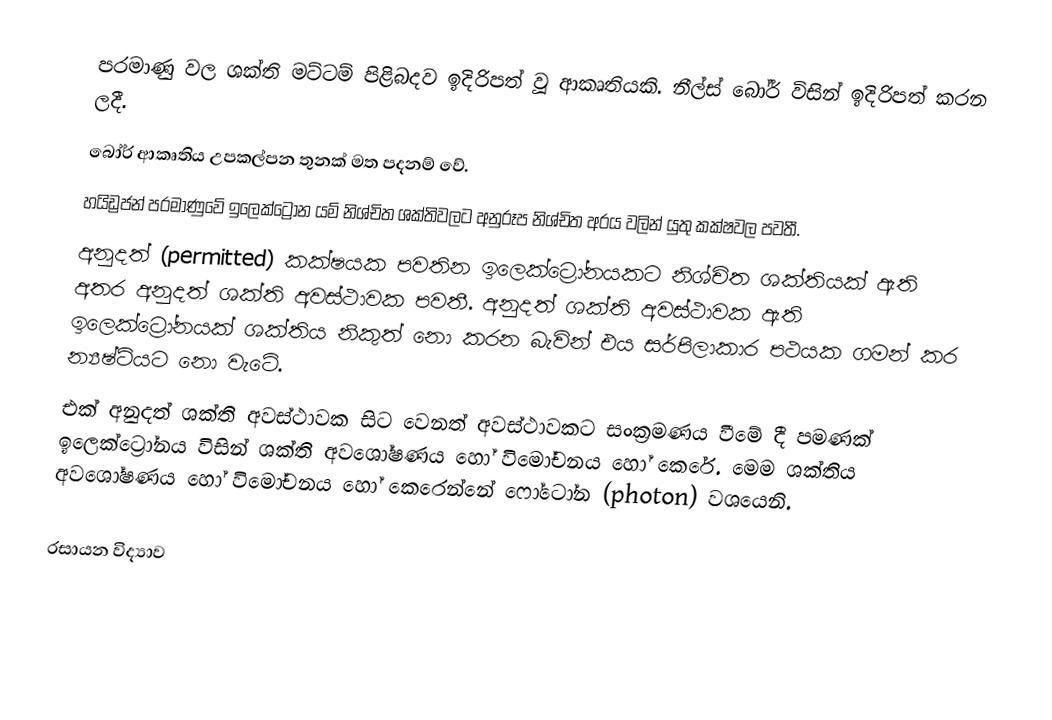
පරමාණු වල ශක්ති මට්ටම් පිළිබදව ඉදිරිපත් වූ ආකෘතියකි. නීල්ස් බෝර් විසින් ඉදිරිපත් කරන ලදී.
බෝර් ආකෘතිය උපකල්පන තුනක් මත පදනම් වේ.
හයිඩ්‍රජන් පරමාණුවේ ඉලෙක්ට්‍රෝන යම් නිශ්චිත ශක්තිවලට අනුරූප නිශ්චිත අරය වලින් යුතු කක්ෂවල පවතී.
අනුදත් (permitted) කක්ෂයක පවතින ඉලෙක්ට්‍රෝනයකට නිශ්චිත ශක්තියක් ඇති අතර අනුදත් ශක්ති අවස්ථාවක පවතී. අනුදත් ශක්ති අවස්ථාවක ඇති ඉලෙක්ට්‍රෝනයක් ශක්තිය නිකුත් නො කරන බැවින් එය සර්පිලාකාර පථයක ගමන් කර න්‍යෂ්ටියට නො වැටේ.
එක් අනුදත් ශක්ති අවස්ථාවක සිට වෙනත් අවස්ථාවකට සංක්‍රමණය වීමේ දී පමණක් ඉලෙක්ට්‍රෝනය විසින් ශක්ති අවශෝෂණය හෝ විමෝචනය හෝ කෙරේ. මෙම ශක්තිය අවශෝෂණය හෝ විමෝචනය හෝ කෙරෙන්නේ ෆෝටෝන (photon) වශයෙනි.

රසායන විද්‍යාව